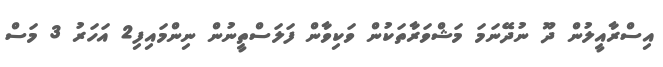
އިސްރާއީލުން ދޫ ނުދޭނަމަ މަޝްވަރާތަކުން ވަކިވާން ފަލަސްތީނުން ނިންމައިފި2 އަހަރު 3 މަސް